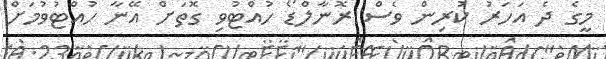
މީގެ ދެ އަހަރު ކުރިން ވެސް ރޮނާލްޑޯ ހުއްޓުވި ގޮތަށް އޭނާ ހުއްޓުވުމަށް